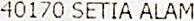
40170 SETIA ALAM